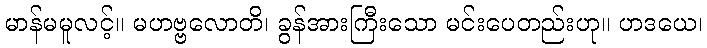
မာန်မမူလင့်။ မဟဗ္ဗလောတိ၊ ခွန်အားကြီးသော မင်းပေတည်းဟု။ ဟဒယေ၊